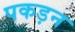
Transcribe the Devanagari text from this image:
पकड़न